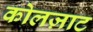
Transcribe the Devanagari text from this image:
कोलज़ाट